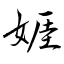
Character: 娾